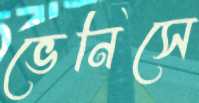
ভেনিসে